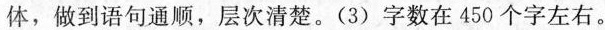
体，做到语句通顺，层次清楚。(3)字数在450个字左右。